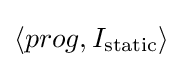
\langle prog,I_{\text{static}}\rangle